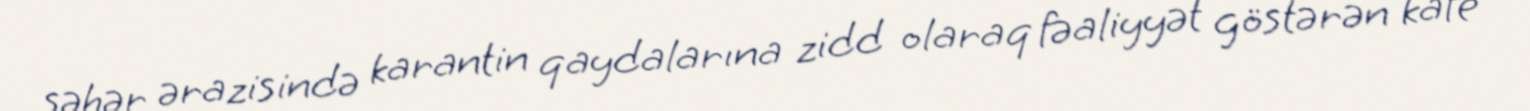
şəhər ərazisində karantin qaydalarına zidd olaraq fəaliyyət göstərən kafe